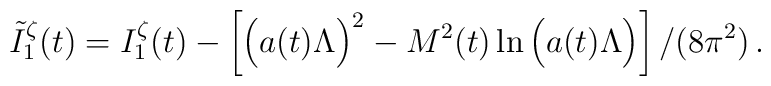
\tilde{I}_1^{\zeta}(t)=I_1^{\zeta}(t)-\left[\left(a(t)\Lambda\vphantom{^2}\right)^2-M^2(t)\ln\left(a(t)\Lambda\vphantom{^2}\right)\right]/(8\pi^2)\,.